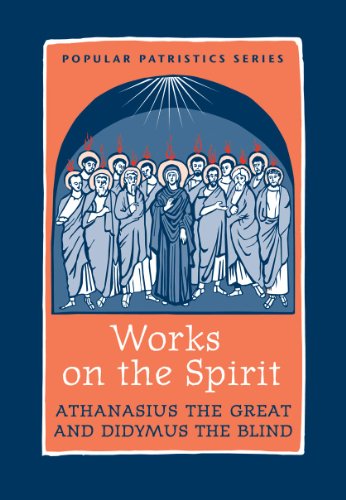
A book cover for Works on the Spirit PPS43 (Popular Patristics Series); St Athanasius the Great; Christian Books & Bibles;